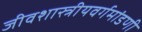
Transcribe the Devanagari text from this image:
जीवशास्त्रीयवर्गमांडणी